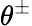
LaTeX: \theta^{\pm}